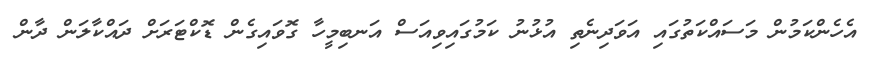
އެހެންކަމުން މަސައްކަތުގައި އަވަދިނެތި އުޅުނު ކަމުގައިވިއަސް އަނބިމީހާ ގޮވައިގެން ޑޮކްޓަރަށް ދައްކާލަން ދާން